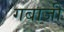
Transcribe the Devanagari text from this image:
गबाजी